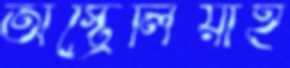
অস্ট্রেলিয়াই